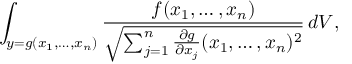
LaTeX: \int _ { y = g ( x _ { 1 } , \ldots , x _ { n } ) } { \frac { f ( x _ { 1 } , \ldots , x _ { n } ) } { \sqrt { \sum _ { j = 1 } ^ { n } { \frac { \partial g } { \partial x _ { j } } } ( x _ { 1 } , \ldots , x _ { n } ) ^ { 2 } } } } \, d V ,